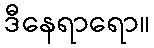
ဒီနေရာရော။